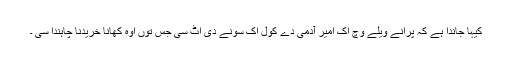
کیہا جاندا ہے کہ پرانے ویلے وچّ اک امیر آدمی دے کول اک سونے دی اٹّ سی جس توں اوہ کھانا خریدنا چاہندا سی ۔